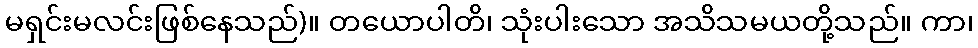
မရှင်းမလင်းဖြစ်နေသည်)။ တယောပါတိ၊ သုံးပါးသော အသိသမယတို့သည်။ ကာ၊